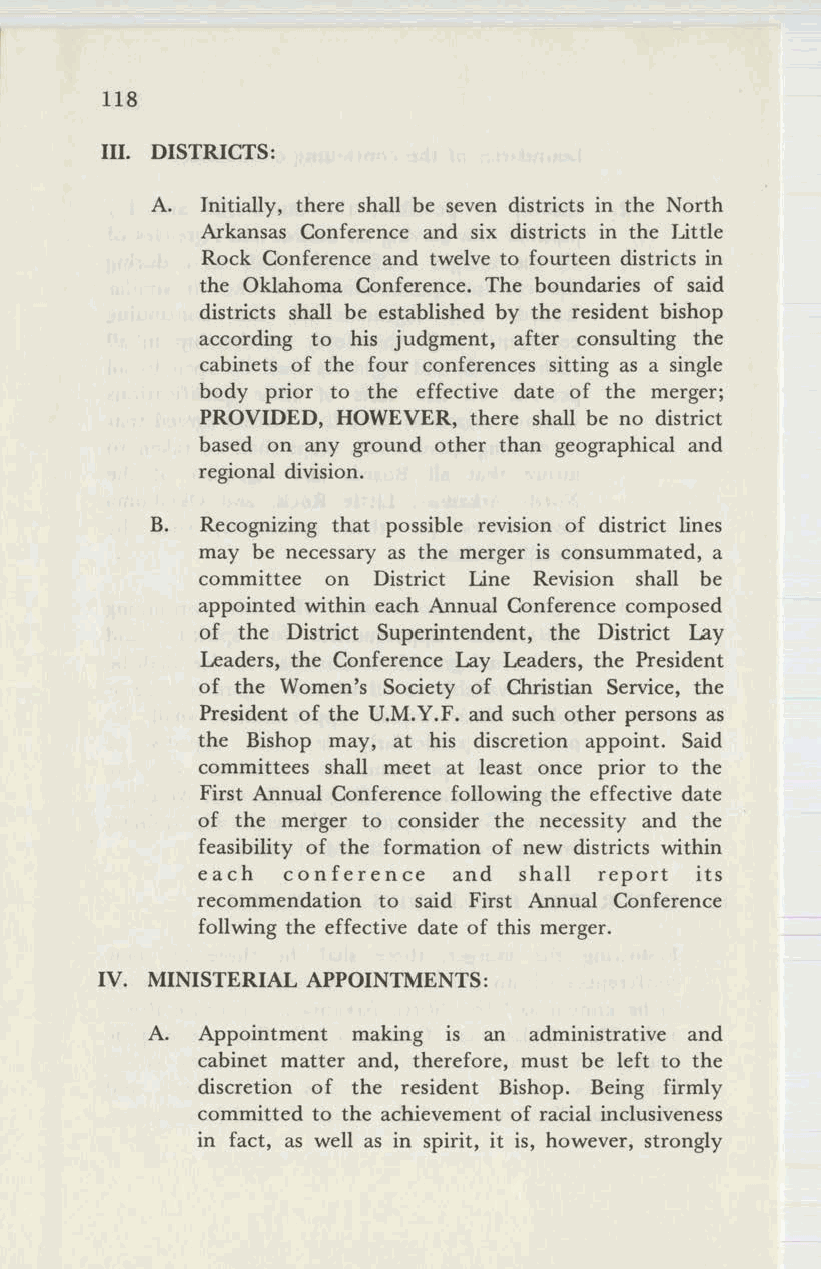
118
 III. DISTRICTS:
 A. Initially, there shall be seven districts in the North
 Arkansas Conference and six districts in the Little
 Rock Conference and twelve to fourteen districts in
 the Oklahoma Conference. The boundaries of said
 districts shall be established by the resident bishop
 according to his judgment, after consulting the
 cabinets of the four conferences sitting as a single
 body prior to the effective date of the merger;
 PROVIDED, HOWEVER, there shall be no district
 based on any ground other than geographical and
 regional division.
 B. Recognizing that possible revision of district lines
 may be necessary as the merger is consummated, a
 committee on District Line Revision shall be
 appointed within each Annual Conference composed
 of the District Superintendent, the District Lay
 Leaders, the Conference Lay Leaders, the President
 of the Women's Society of Christian Service, the
 President of the U.M.Y.F. and such other persons as
 the Bishop may, at his discretion appoint. Said
 committees shall meet at least once prior to the
 First Annual Conference following the effective date
 of the merger to consider the necessity and the
 feasibility of the formation of new districts within
 each  conference and shall report its
 recommendation to said First Annual Conference
 foilwing the effective date of this merger.
 IV. MINISTERIAL APPOINTMENTS:
 A. Appointment making is an administrative and
 cabinet matter and, therefore, must be left to the
 discretion of the resident Bishop. Being firmly
 committed to the achievement of racial inclusiveness
 in fact, as well as in spirit, it is, however, strongly